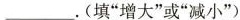
___.(填”增大”或”减小')